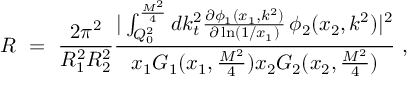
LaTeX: R \, \, = \, \, \frac { 2 \pi ^ { 2 } } { R _ { 1 } ^ { 2 } R _ { 2 } ^ { 2 } } \frac { | \int _ { Q _ { 0 } ^ { 2 } } ^ { \frac { M ^ { 2 } } { 4 } } d k _ { t } ^ { 2 } \frac { \partial \phi _ { 1 } ( x _ { 1 } , k ^ { 2 } ) } { \partial \ln ( 1 / x _ { 1 } ) } \, \phi _ { 2 } ( x _ { 2 } , k ^ { 2 } ) | ^ { 2 } } { x _ { 1 } G _ { 1 } ( x _ { 1 } , \frac { M ^ { 2 } } { 4 } ) x _ { 2 } G _ { 2 } ( x _ { 2 } , \frac { M ^ { 2 } } { 4 } ) } \, \, ,